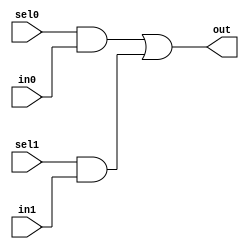
// This program was cloned from: https://github.com/aolofsson/oh
// License: MIT License

//#############################################################################
//# Function: 2:1 one hot mux                                                 #
//#############################################################################
//# Author:   Andreas Olofsson                                                #
//# License:  MIT (see LICENSE file in OH! repository)                        #
//#############################################################################

module asic_dmux2 #(parameter PROP = "DEFAULT")   (
    input  sel1,
    input  sel0,
    input  in1,
    input  in0,
    output out
    );

   assign out = sel0 & in0 |
		sel1 & in1;

endmodule